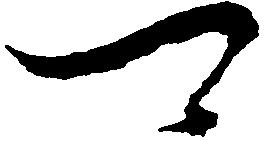
可